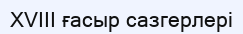
XVIII ғасыр сазгерлері